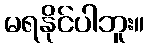
မရနိုင်ပါဘူး။